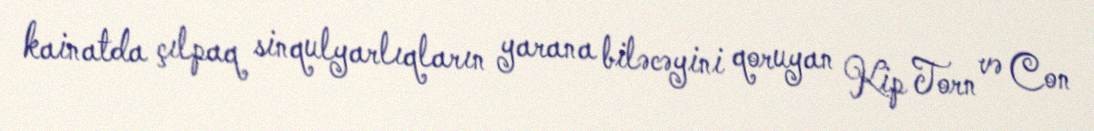
kainatda çılpaq sinqulyarlıqların yarana biləcəyini qoruyan Kip Torn və Con